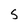
Character: S